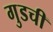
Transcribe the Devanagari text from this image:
गुडची